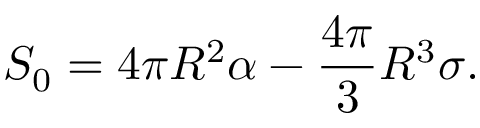
S _ { 0 } = 4 \pi R ^ { 2 } \alpha - \frac { 4 \pi } { 3 } R ^ { 3 } \sigma .